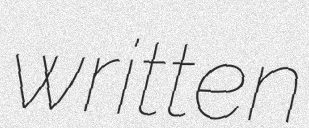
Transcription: written